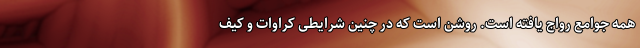
همه جوامع رواج یافته است. روشن است که در چنین شرایطی کراوات و کیف